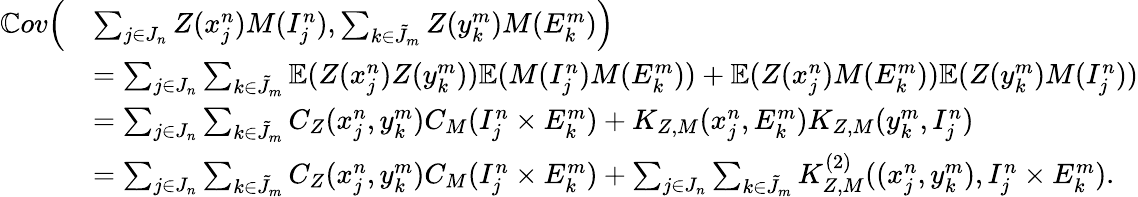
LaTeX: \begin{array}{rl}{\mathbb{C}ov\Big(}&{\sum_{j\in J_{n}}Z(x_{j}^{n})M(I_{j}^{n}),\sum_{k\in\tilde{J}_{m}}Z(y_{k}^{m})M(E_{k}^{m})\Big)}\\ &{=\sum_{j\in J_{n}}\sum_{k\in\tilde{J}_{m}}\mathbb{E}(Z(x_{j}^{n})Z(y_{k}^{m}))\mathbb{E}(M(I_{j}^{n})M(E_{k}^{m}))+\mathbb{E}(Z(x_{j}^{n})M(E_{k}^{m}))\mathbb{E}(Z(y_{k}^{m})M(I_{j}^{n}))}\\ &{=\sum_{j\in J_{n}}\sum_{k\in\tilde{J}_{m}}C_{Z}(x_{j}^{n},y_{k}^{m})C_{M}(I_{j}^{n}\times E_{k}^{m})+K_{Z,M}(x_{j}^{n},E_{k}^{m})K_{Z,M}(y_{k}^{m},I_{j}^{n})}\\ &{=\sum_{j\in J_{n}}\sum_{k\in\tilde{J}_{m}}C_{Z}(x_{j}^{n},y_{k}^{m})C_{M}(I_{j}^{n}\times E_{k}^{m})+\sum_{j\in J_{n}}\sum_{k\in\tilde{J}_{m}}K_{Z,M}^{(2)}((x_{j}^{n},y_{k}^{m}),I_{j}^{n}\times E_{k}^{m}).}\end{array}